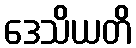
ဒေသိယတိ